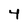
Character: 4